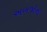
અબજોનો